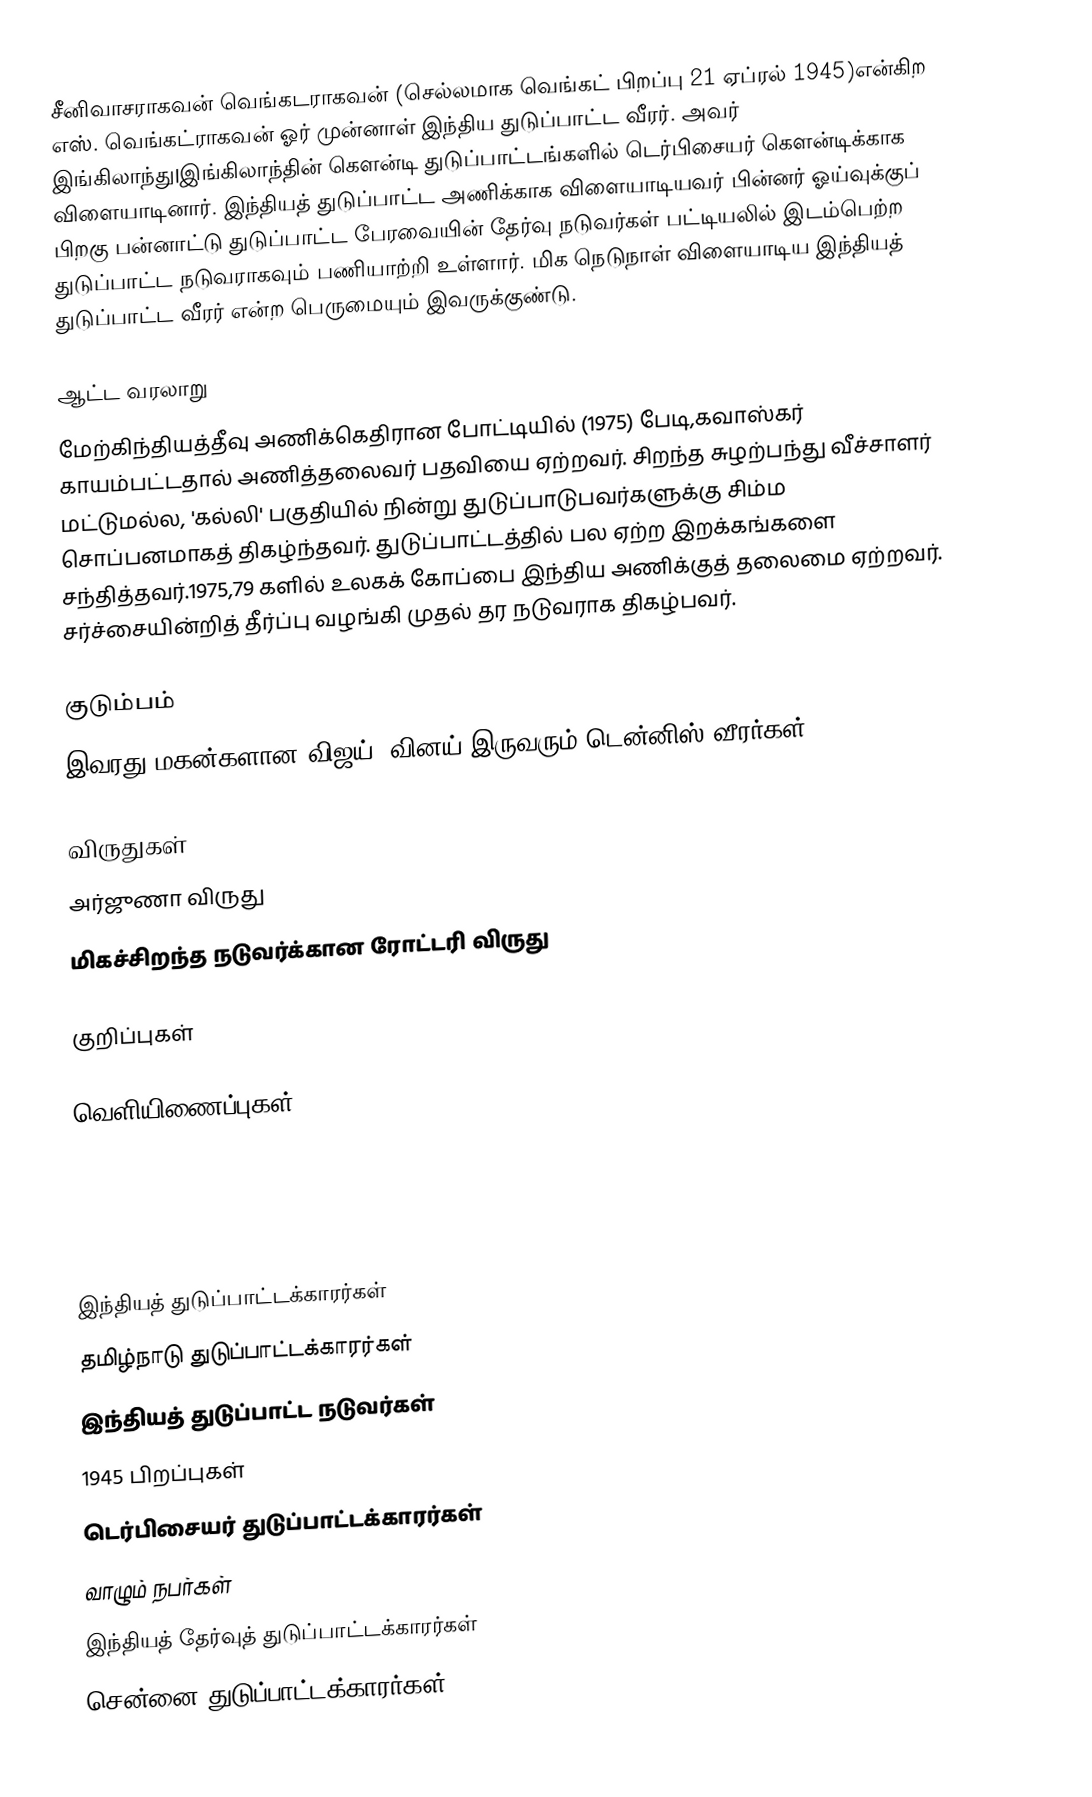
சீனிவாசராகவன் வெங்கடராகவன்  (செல்லமாக வெங்கட் பிறப்பு 21 ஏப்ரல் 1945)என்கிற எஸ். வெங்கட்ராகவன் ஓர் முன்னாள் இந்திய துடுப்பாட்ட வீரர். அவர் இங்கிலாந்து|இங்கிலாந்தின் கௌன்டி துடுப்பாட்டங்களில் டெர்பிசையர் கௌன்டிக்காக விளையாடினார். இந்தியத் துடுப்பாட்ட அணிக்காக விளையாடியவர் பின்னர் ஓய்வுக்குப் பிறகு பன்னாட்டு துடுப்பாட்ட பேரவையின் தேர்வு நடுவர்கள் பட்டியலில் இடம்பெற்ற துடுப்பாட்ட நடுவராகவும் பணியாற்றி உள்ளார். மிக நெடுநாள் விளையாடிய இந்தியத் துடுப்பாட்ட வீரர் என்ற பெருமையும் இவருக்குண்டு.

ஆட்ட வரலாறு
மேற்கிந்தியத்தீவு அணிக்கெதிரான போட்டியில் (1975) பேடி,கவாஸ்கர் காயம்பட்டதால் அணித்தலைவர் பதவியை ஏற்றவர். சிறந்த சுழற்பந்து வீச்சாளர் மட்டுமல்ல, 'கல்லி' பகுதியில் நின்று துடுப்பாடுபவர்களுக்கு சிம்ம சொப்பனமாகத் திகழ்ந்தவர். துடுப்பாட்டத்தில் பல ஏற்ற இறக்கங்களை சந்தித்தவர்.1975,79 களில் உலகக் கோப்பை இந்திய அணிக்குத் தலைமை ஏற்றவர்.   சர்ச்சையின்றித் தீர்ப்பு வழங்கி முதல் தர நடுவராக திகழ்பவர்.

குடும்பம்
இவரது மகன்களான விஜய், வினய் இருவரும் டென்னிஸ் வீரர்கள்.

விருதுகள்
அர்ஜுணா விருது
மிகச்சிறந்த நடுவர்க்கான ரோட்டரி விருது

குறிப்புகள்

வெளியிணைப்புகள்

இந்தியத் துடுப்பாட்டக்காரர்கள்
தமிழ்நாடு துடுப்பாட்டக்காரர்கள்
இந்தியத் துடுப்பாட்ட நடுவர்கள்
1945 பிறப்புகள்
டெர்பிசையர் துடுப்பாட்டக்காரர்கள்
வாழும் நபர்கள்
இந்தியத் தேர்வுத் துடுப்பாட்டக்காரர்கள்
சென்னை துடுப்பாட்டக்காரர்கள்